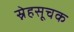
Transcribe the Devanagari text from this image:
स्नेहसूचक